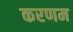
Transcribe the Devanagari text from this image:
करणम